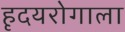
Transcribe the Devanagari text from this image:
हृदयरोगाला